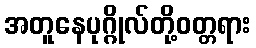
အတူနေပုဂ္ဂိုလ်တို့ဝတ္တရား